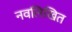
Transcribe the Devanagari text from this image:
नवलिखित